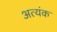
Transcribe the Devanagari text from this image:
अत्यंक